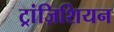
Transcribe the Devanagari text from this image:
ट्रांज़िशियन